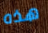
هذه